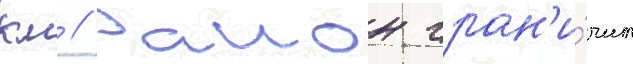
км // Раион гран'и́чит